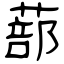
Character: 蔀